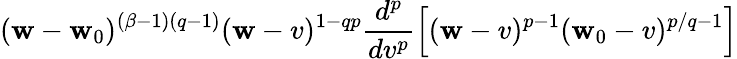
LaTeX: (\mathbf{w}-\mathbf{w}_{0})^{(\beta-1)(q-1)}(\mathbf{w}-v)^{1-qp}\frac{{d^{p}}}{{dv^{p}}}\left[(\mathbf{w}-v)^{p-1}(\mathbf{w}_{0}-v)^{p/q-1}\right]